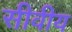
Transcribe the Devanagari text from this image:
सीवीय